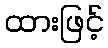
ထားဖြင့်